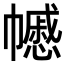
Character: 𢅪